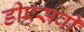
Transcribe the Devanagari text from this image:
डीएसवी